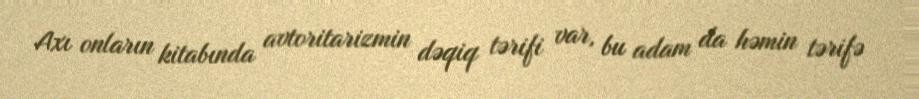
Axı onların kitabında avtoritarizmin dəqiq tərifi var, bu adam da həmin tərifə